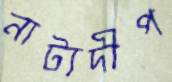
নাট্যদীপ